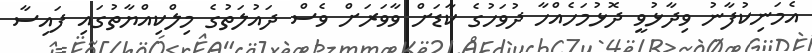
އެމަނިކުފާނު ވިދާޅުވީ ދޮޅުމަހެއްހާ ދުވަހުގެ ކާޑަށް ވާވަރަށް ވެސް ދައުލަތުގެ މިލްކިއްޔާތުގައި ފައިސާ